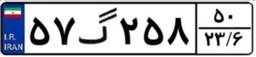
۵۷گ۲۵۸۵۰